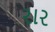
રાર